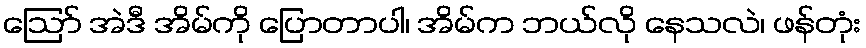
ဩော် အဲဒီ အိမ်ကို ပြောတာပါ၊ အိမ်က ဘယ်လို နေသလဲ၊ ဖန်တုံး